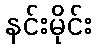
နင်းမိုင်း